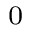
_ 0